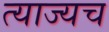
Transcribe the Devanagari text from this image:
त्याज्यच